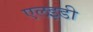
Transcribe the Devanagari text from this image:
एलइडी